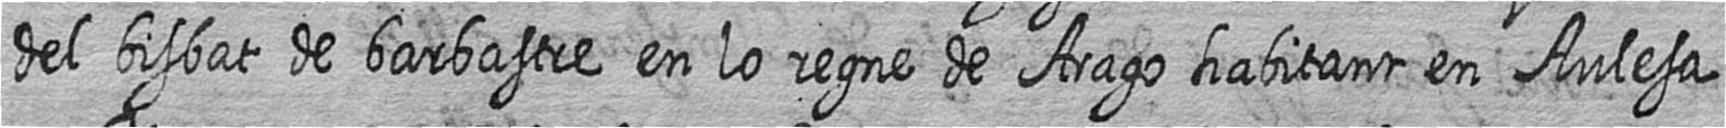
del bisbat de barbastre en lo regne de Arago habitant en Aulesa